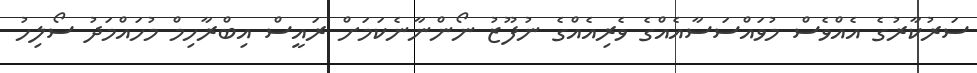
ސަރުކާރުގެ އެއްވެސް މުވައްސަސާއެއްގެ ވެރިއެއްގެ ނުފޫޒު ނޯންނާނެކަމަށް ރައީސް އިބްރާހިމް މުހައްމަދު ސޯލިހު